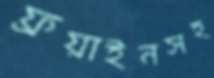
ফ্রয়াইনসহ